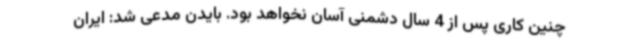
چنین کاری پس از 4 سال دشمنی آسان نخواهد بود. بایدن مدعی شد: ایران